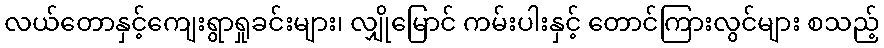
လယ်တောနှင့်ကျေးရွာရှုခင်းများ၊ လျှိုမြောင် ကမ်းပါးနှင့် တောင်ကြားလွင်များ စသည့်